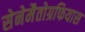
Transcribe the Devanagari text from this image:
सेनेमैतोग्रफियास